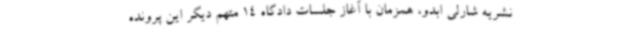
نشریه شارلی ابدو، همزمان با آغاز جلسات دادگاه 14 متهم دیگر این پرونده